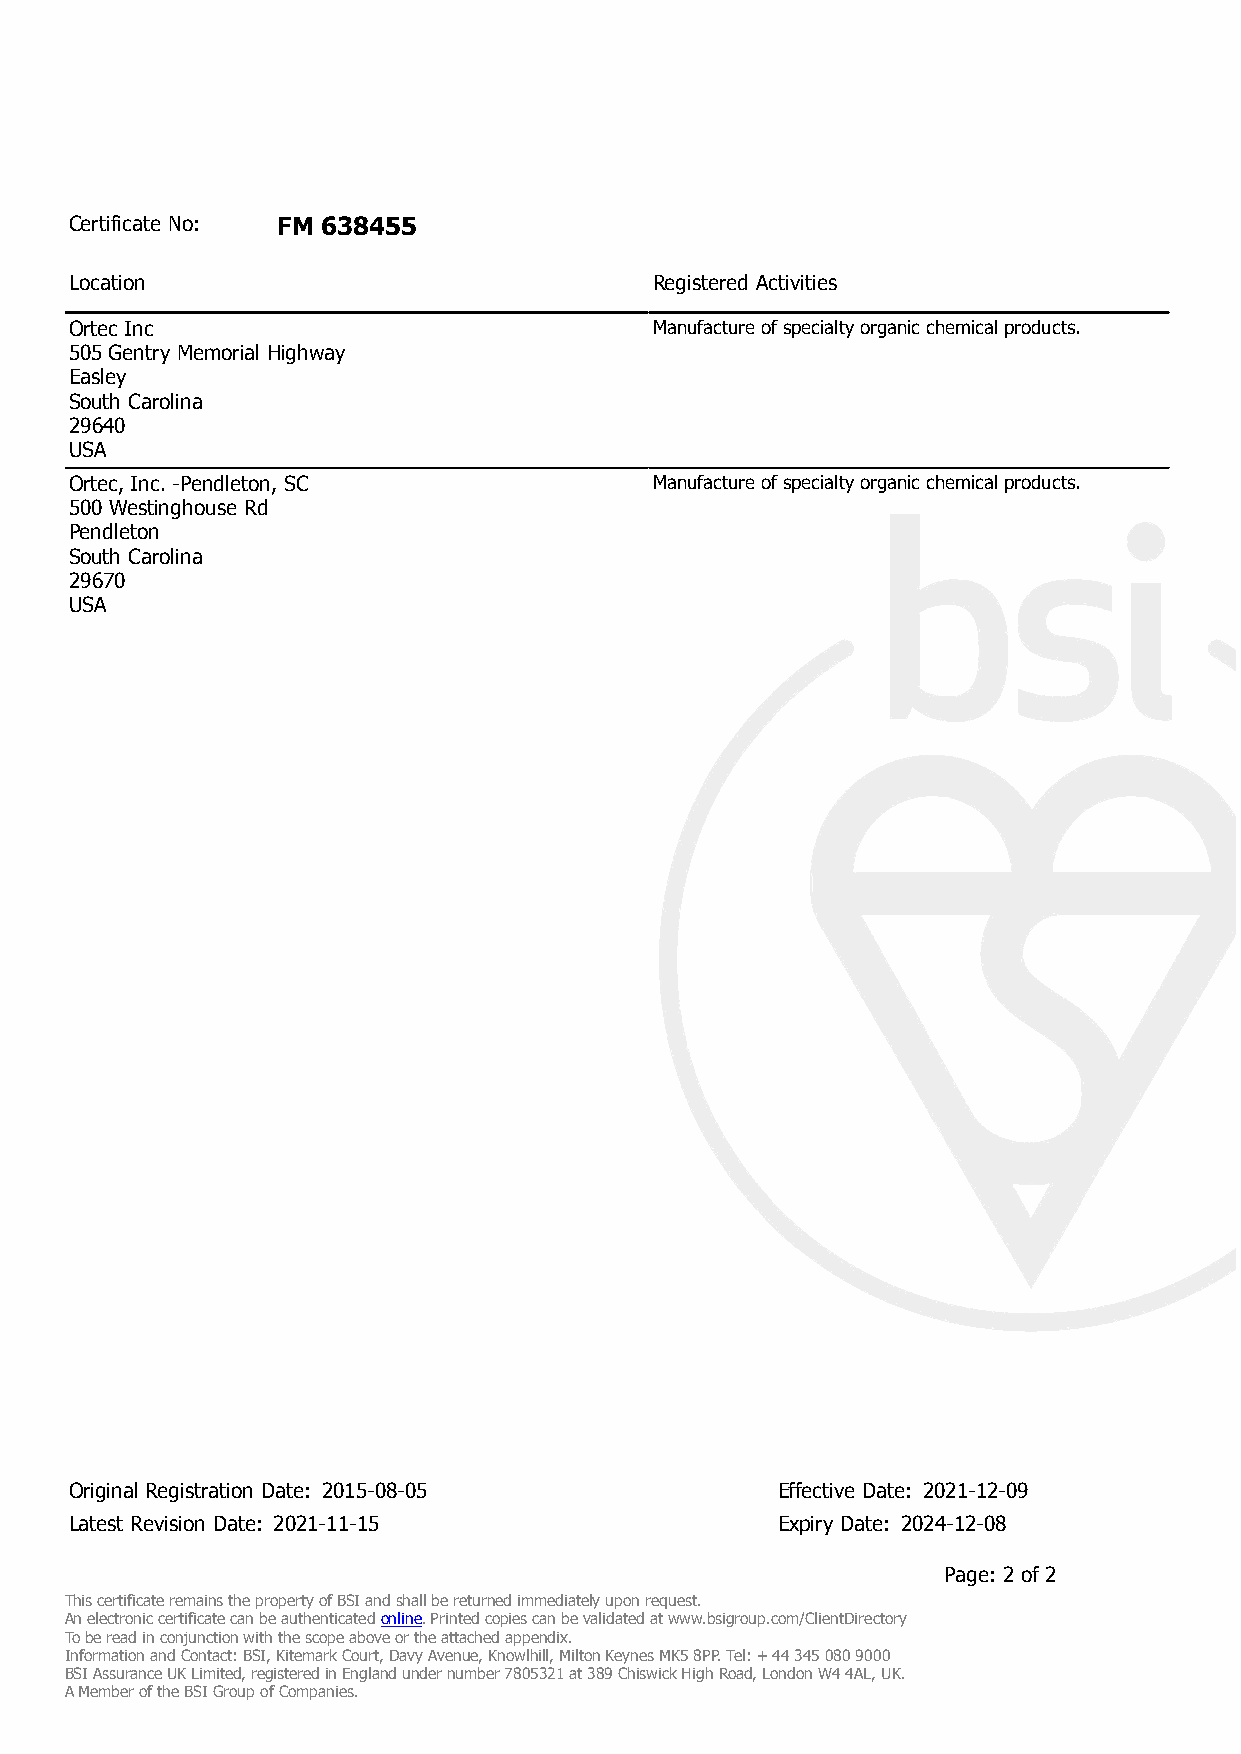
Certificate No: FM 638455
 Location                              Registered Activities
 Ortec Inc                             Manufacture of specialty organic chemical products.
 505 Gentry Memorial Highway
 Easley
 South Carolina
 29640
 USA
 Ortec, Inc. -Pendleton, SC            Manufacture of specialty organic chemical products.
 500 Westinghouse Rd
 Pendleton
 South Carolina
 29670
 USA
 Original Registration Date: 2015-08-05        Effective Date: 2021-12-09
 Latest Revision Date: 2021-11-15              Expiry Date: 2024-12-08
 Page: 2 of 2
 This certificate remains the property of BSI and shall be returned immediately upon request.
 An electronic certificate can be authenticated online. Printed copies can be validated at www.bsigroup.com/ClientDirectory
 To be read in conjunction with the scope above or the attached appendix.
 Information and Contact: BSI, Kitemark Court, Davy Avenue, Knowlhill, Milton Keynes MK5 8PP. Tel: + 44 345 080 9000
 BSI Assurance UK Limited, registered in England under number 7805321 at 389 Chiswick High Road, London W4 4AL, UK.
 A Member of the BSI Group of Companies.